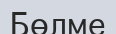
Бөлме